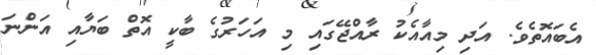
އެބައޮތެވެ. އަދި މިއާއެކު ރާއްޖޭގައި މި އަހަރުގެ ބާކީ އޮތް ބަޔާއި އަންނަ